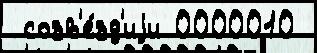
 созв'е́зд'иjи 0000010